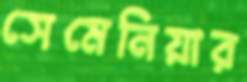
সেমেনিয়ার